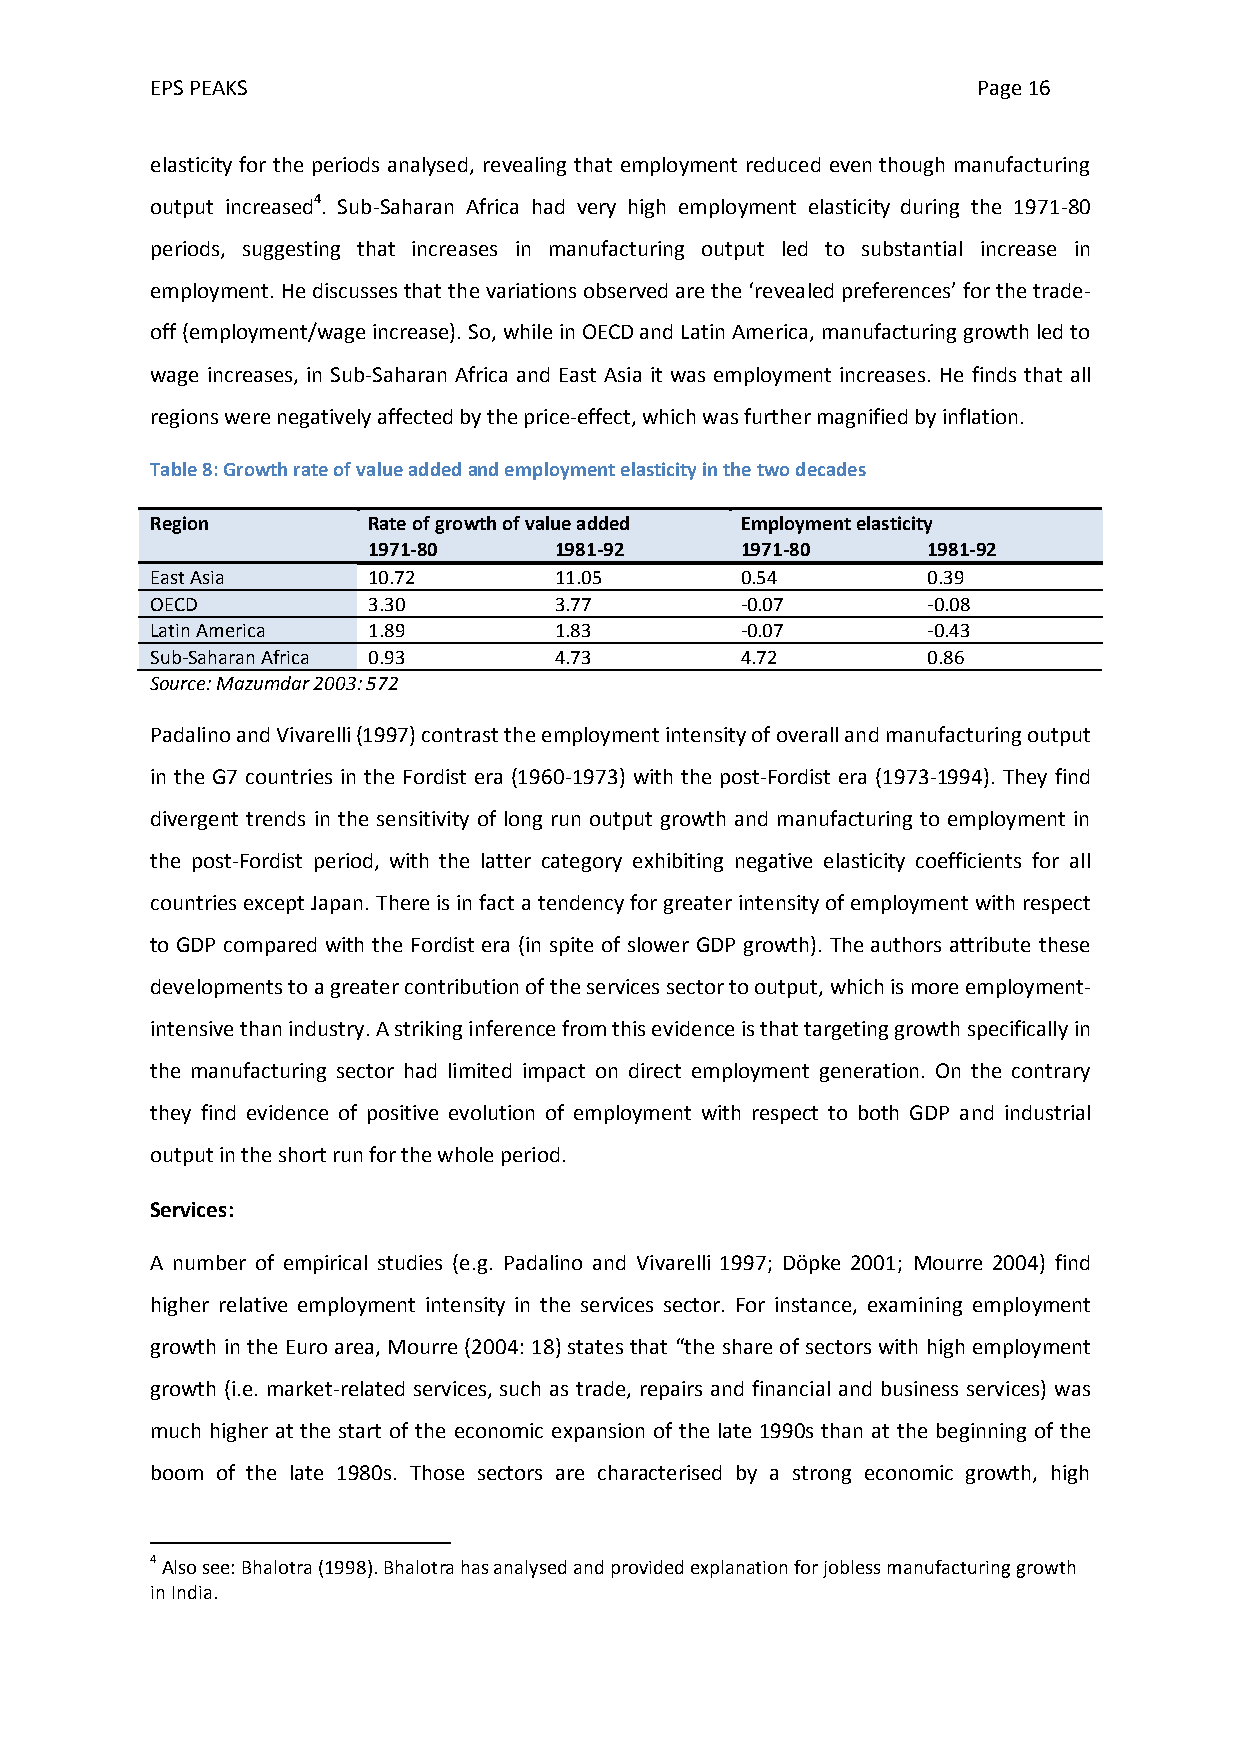
EPS PEAKS                                              Page 16
 elasticity for the periods analysed, revealing that employment reduced even though manufacturing
 output increased4. Sub-Saharan Africa had very high employment elasticity during the 1971-80
 periods, suggesting that increases in manufacturing output led to substantial increase in
 employment. He discusses that the variations observed are the ‘revealed preferences’ for the trade-
 off (employment/wage increase). So, while in OECD and Latin America, manufacturing growth led to
 wage increases, in Sub-Saharan Africa and East Asia it was employment increases. He finds that all
 regions were negatively affected by the price-effect, which was further magnified by inflation.
 Table 8: Growth rate of value added and employment elasticity in the two decades
 Region        Rate of growth of value added Employment elasticity
 1971-80      1981-92     1971-80     1981-92
 East Asia     10.72        11.05       0.54        0.39
 OECD          3.30         3.77        -0.07       -0.08
 Latin America 1.89         1.83        -0.07       -0.43
 Sub-Saharan Africa 0.93    4.73        4.72        0.86
 Source: Mazumdar 2003: 572
 Padalino and Vivarelli (1997) contrast the employment intensity of overall and manufacturing output
 in the G7 countries in the Fordist era (1960-1973) with the post-Fordist era (1973-1994). They find
 divergent trends in the sensitivity of long run output growth and manufacturing to employment in
 the post-Fordist period, with the latter category exhibiting negative elasticity coefficients for all
 countries except Japan. There is in fact a tendency for greater intensity of employment with respect
 to GDP compared with the Fordist era (in spite of slower GDP growth). The authors attribute these
 developments to a greater contribution of the services sector to output, which is more employment-
 intensive than industry. A striking inference from this evidence is that targeting growth specifically in
 the manufacturing sector had limited impact on direct employment generation. On the contrary
 they find evidence of positive evolution of employment with respect to both GDP and industrial
 output in the short run for the whole period.
 Services:
 A number of empirical studies (e.g. Padalino and Vivarelli 1997; Döpke 2001; Mourre 2004) find
 higher relative employment intensity in the services sector. For instance, examining employment
 growth in the Euro area, Mourre (2004: 18) states that “the share of sectors with high employment
 growth (i.e. market-related services, such as trade, repairs and financial and business services) was
 much higher at the start of the economic expansion of the late 1990s than at the beginning of the
 boom of the late 1980s. Those sectors are characterised by a strong economic growth, high
 4 Also see: Bhalotra (1998). Bhalotra has analysed and provided explanation for jobless manufacturing growth
 in India.